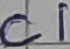
Text: C1